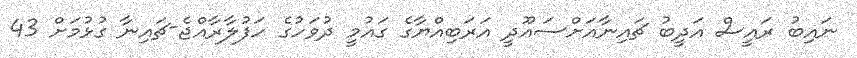
ނައިބު ރައީސް އަދީބު ޗައިނާއަށްސައޫދީ އަރަބިއްޔާގެ ގައުމީ ދުވަހުގެ ހަފުލާރާއްޖެ-ޗައިނާ ގުޅުމަށް 43